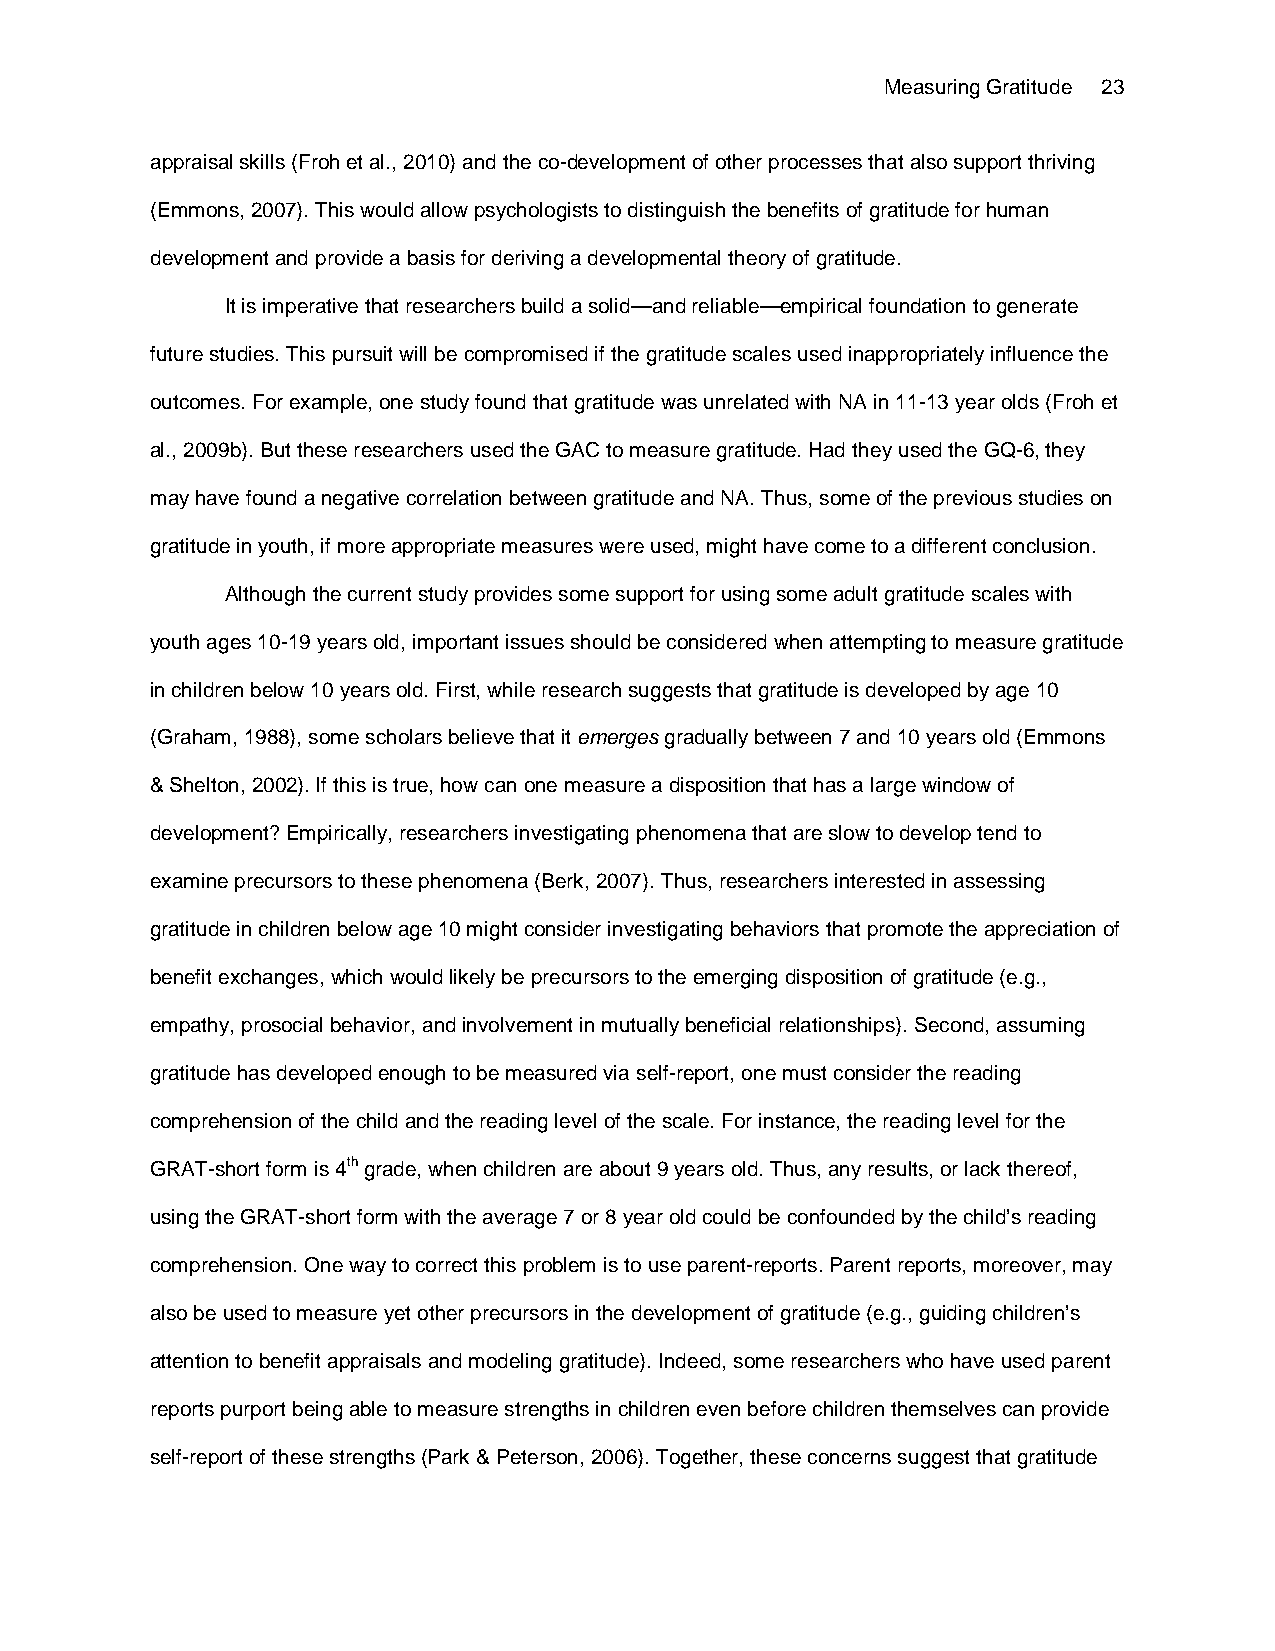
Measuring Gratitude 23
 appraisal skills (Froh et al., 2010) and the co-development of other processes that also support thriving
 (Emmons, 2007). This would allow psychologists to distinguish the benefits of gratitude for human
 development and provide a basis for deriving a developmental theory of gratitude.
 It is imperative that researchers build a solid—and reliable—empirical foundation to generate
 future studies. This pursuit will be compromised if the gratitude scales used inappropriately influence the
 outcomes. For example, one study found that gratitude was unrelated with NA in 11-13 year olds (Froh et
 al., 2009b). But these researchers used the GAC to measure gratitude. Had they used the GQ-6, they
 may have found a negative correlation between gratitude and NA. Thus, some of the previous studies on
 gratitude in youth, if more appropriate measures were used, might have come to a different conclusion.
 Although the current study provides some support for using some adult gratitude scales with
 youth ages 10-19 years old, important issues should be considered when attempting to measure gratitude
 in children below 10 years old. First, while research suggests that gratitude is developed by age 10
 (Graham, 1988), some scholars believe that it emerges gradually between 7 and 10 years old (Emmons
 & Shelton, 2002). If this is true, how can one measure a disposition that has a large window of
 development? Empirically, researchers investigating phenomena that are slow to develop tend to
 examine precursors to these phenomena (Berk, 2007). Thus, researchers interested in assessing
 gratitude in children below age 10 might consider investigating behaviors that promote the appreciation of
 benefit exchanges, which would likely be precursors to the emerging disposition of gratitude (e.g.,
 empathy, prosocial behavior, and involvement in mutually beneficial relationships). Second, assuming
 gratitude has developed enough to be measured via self-report, one must consider the reading
 comprehension of the child and the reading level of the scale. For instance, the reading level for the
 GRAT-short form is 4th grade, when children are about 9 years old. Thus, any results, or lack thereof,
 using the GRAT-short form with the average 7 or 8 year old could be confounded by the child’s reading
 comprehension. One way to correct this problem is to use parent-reports. Parent reports, moreover, may
 also be used to measure yet other precursors in the development of gratitude (e.g., guiding children’s
 attention to benefit appraisals and modeling gratitude). Indeed, some researchers who have used parent
 reports purport being able to measure strengths in children even before children themselves can provide
 self-report of these strengths (Park & Peterson, 2006). Together, these concerns suggest that gratitude